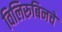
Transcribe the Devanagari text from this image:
विलिरुबिनचे